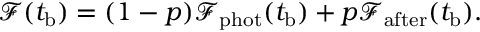
\begin{array} { r } { \mathcal { F } ( t _ { \mathrm { b } } ) = ( 1 - p ) \mathcal { F } _ { \mathrm { p h o t } } ( t _ { \mathrm { b } } ) + p \mathcal { F } _ { \mathrm { a f t e r } } ( t _ { \mathrm { b } } ) . } \end{array}